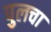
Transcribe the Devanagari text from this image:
पुलचा